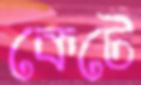
কেটে